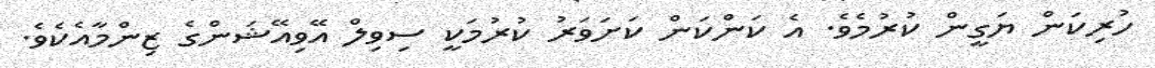
ހުރިކަން ޔަގީން ކުރުމެވެ. އެ ކަންކަން ކަށަވަރު ކުރުމަކީ ސިވިލް އޭވިއޭޝަންގެ ޒިންމާއެކެވެ.